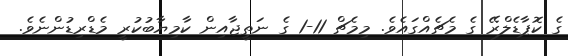
ގެ ކޮޕާޑެލްރޭ ގެ މެޗެއްގައެވެ. މިމެޗް 11-1 ގެ ނަތީޖާއިން ކާމިޔާބުކުރީ މެޑްރިޑުންނެވެ.